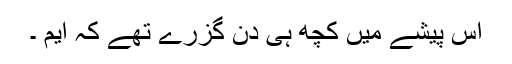
اس پیشے میں کچھ ہی دن گزرے تھے کہ ایم ۔